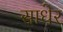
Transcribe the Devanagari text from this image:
साधेर